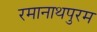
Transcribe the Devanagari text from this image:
रमानाथपुरम